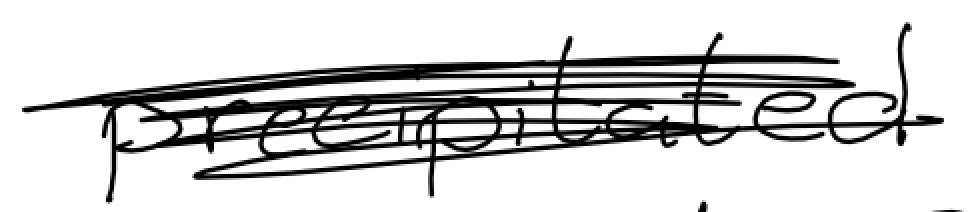
Text: precipitated
Cross-out: scratch
Writing tool: digital_black